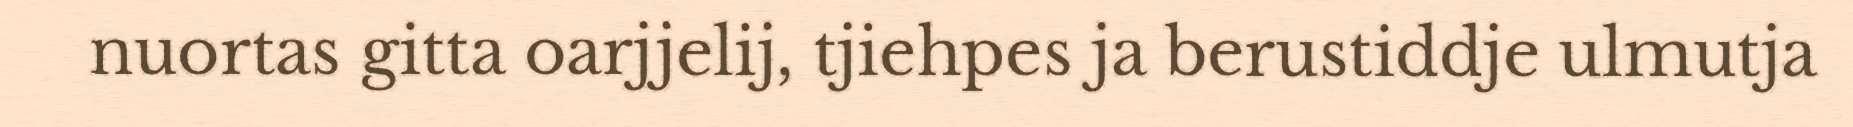
nuortas gitta oarjjelij, tjiehpes ja berustiddje ulmutja